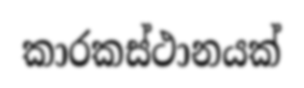
කාරකස්ථානයක්